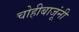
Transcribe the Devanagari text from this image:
चोहीबाजूंनी